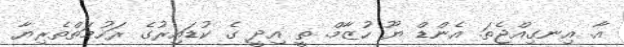
އާ. އިނގިއްޖެތަ. އެންޑް ޔޫ ހުޒާމް. ތީ އިދީ ގެ ކުޑައިރުގެ ރަހުމަތްތެރިޔާ